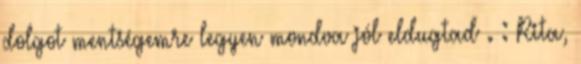
dolgot mentségemre legyen mondva jól eldugtad . : Rita,